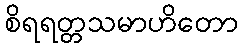
စိရရတ္တသမာဟိတော